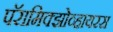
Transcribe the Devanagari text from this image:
पॅरामिक्झोव्हायरस